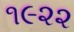
૧૯૨૨